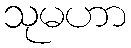
သုမဟာ